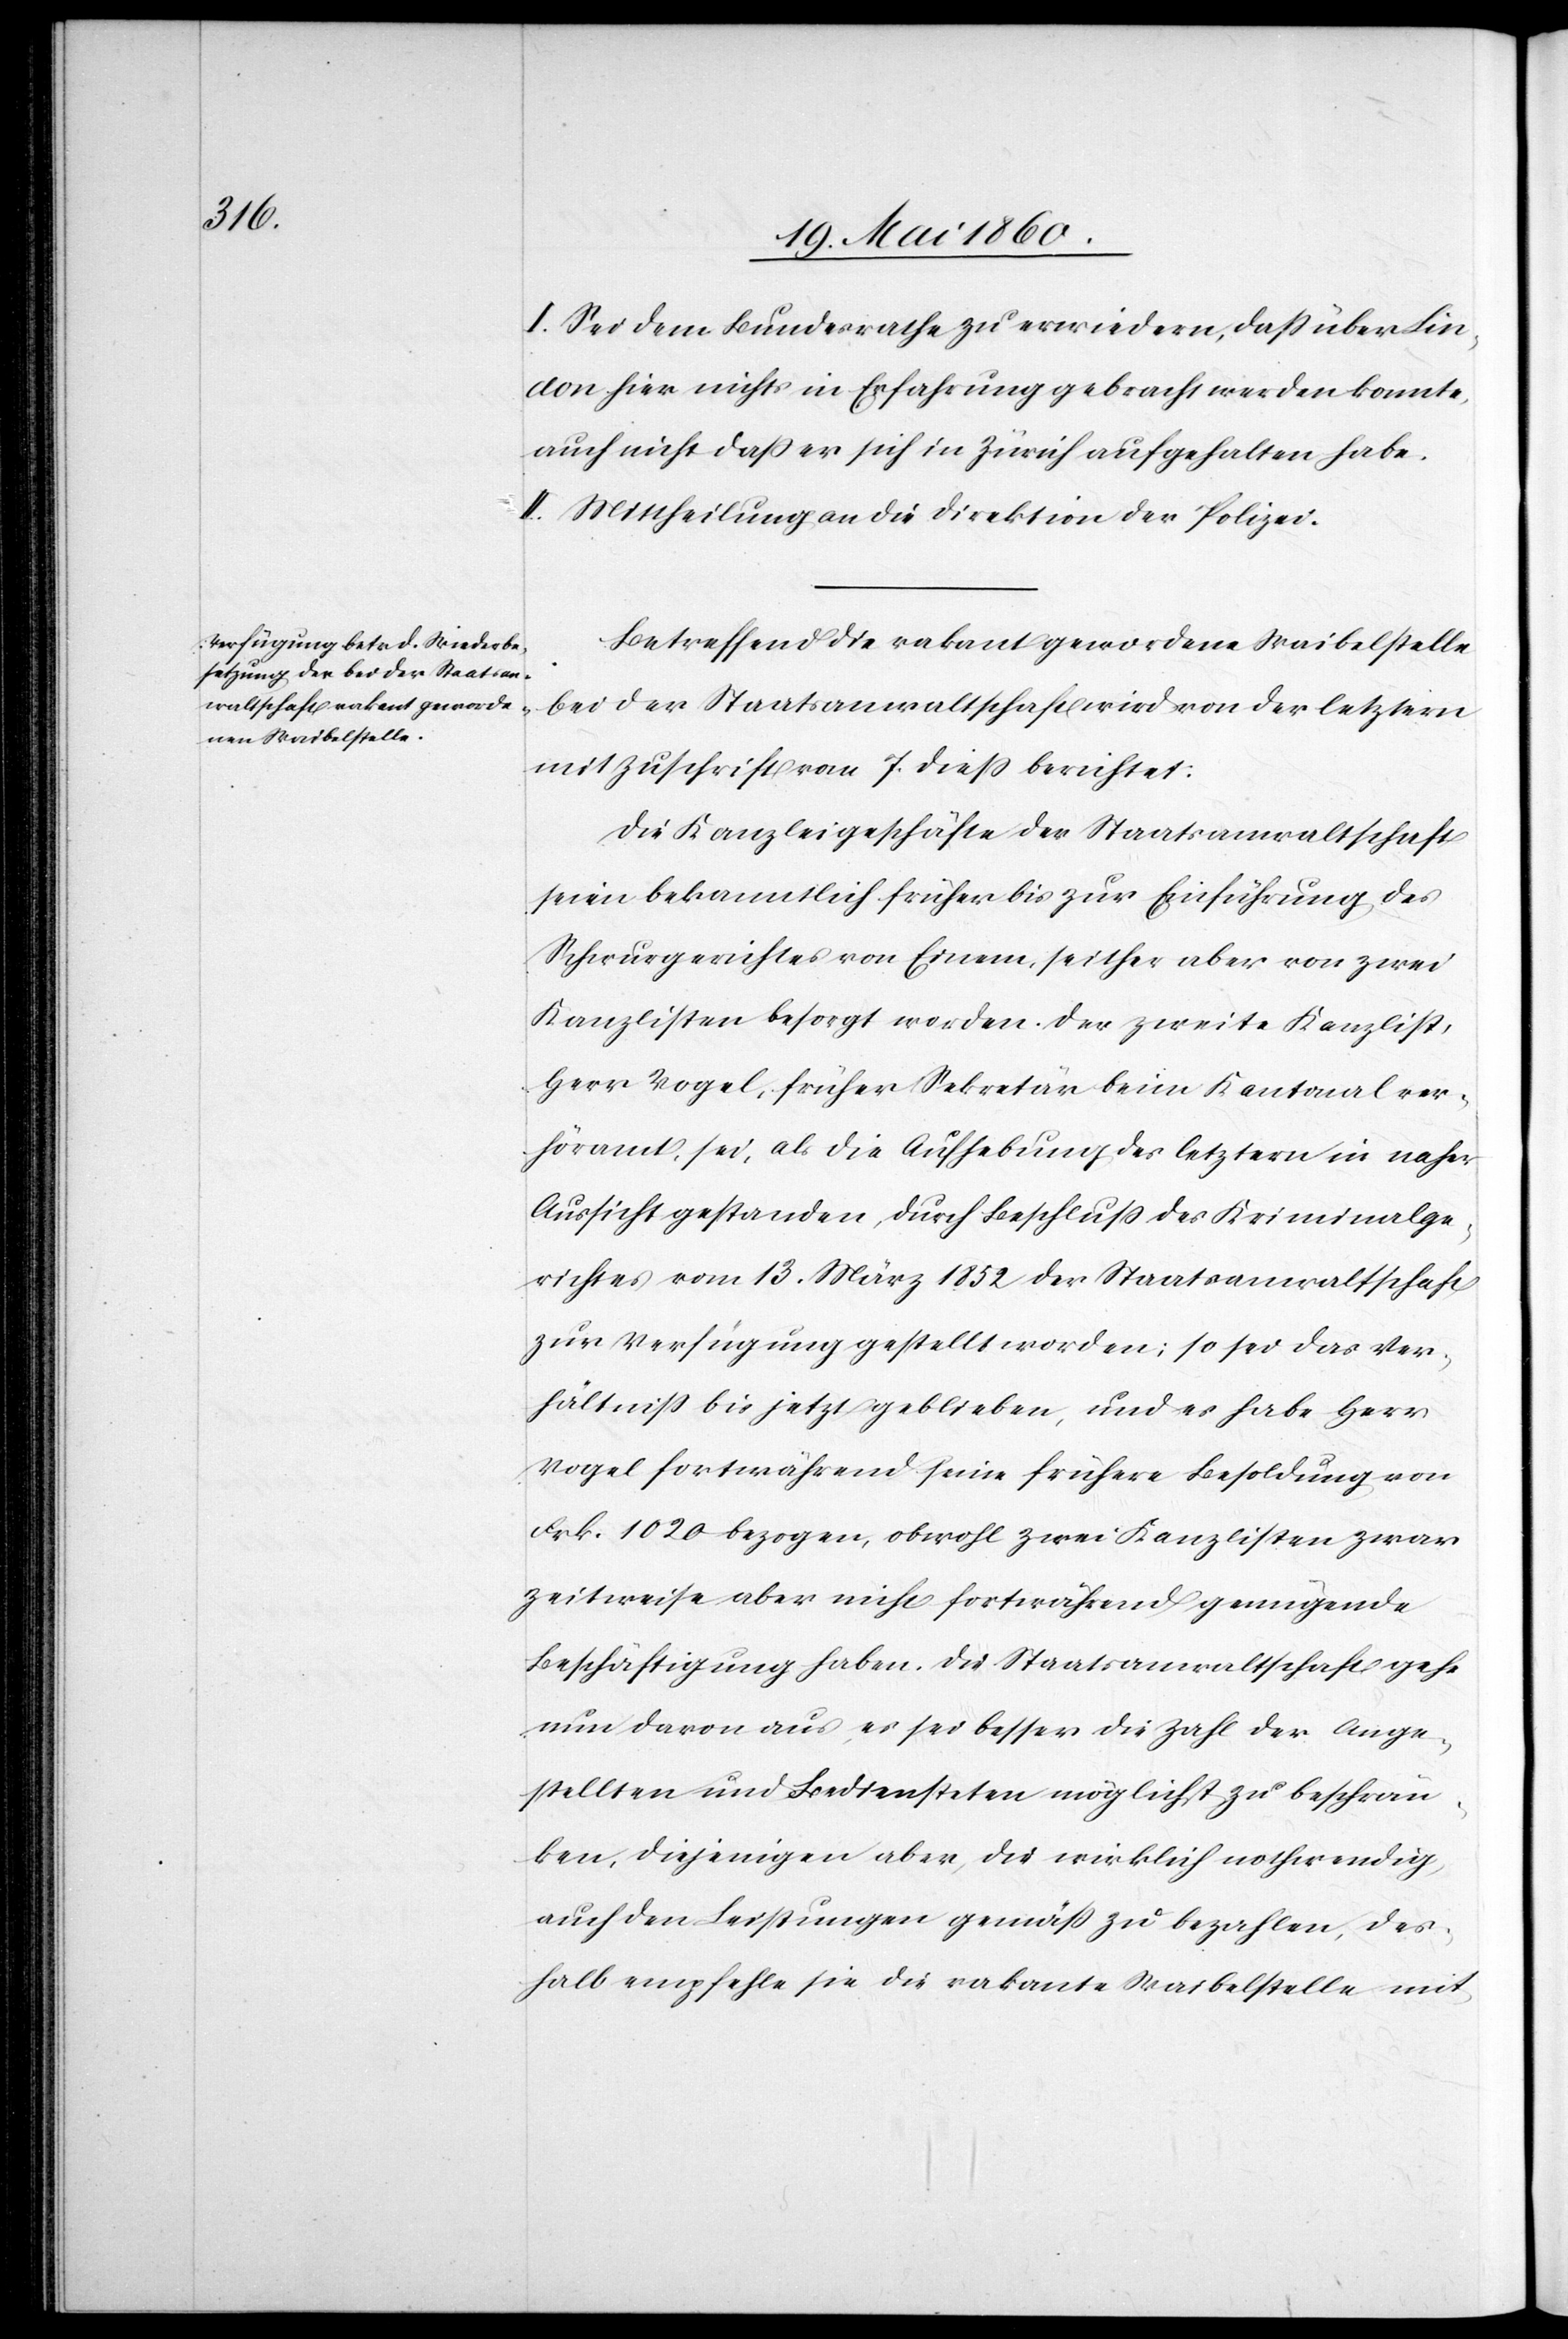
I. Sei dem Bundesrathe zu erwiedern, dass über Lin¬
don hier nichts in Erfahrung gebracht werden konnte,
auch nicht dass er sich in Zürich aufgehalten habe.
II. Mittheilung an die Direktion der Polizei.
Betreffend die vakant gewordene Waibelstelle
bei der Staatsanwaltschaft wird von der letztern
mit Zuschrift vom 7. diess berichtet:
Die Kanzleigeschäfte der Staatsanwaltschaft
seien bekanntlich früher bis zur Einführung des
Schwurgerichtes von Einem, seither aber von zwei
Kanzlisten besorgt worden. Der zweite Kanzlist,
Herr Vogel, früher Sekretär beim Kantonalver¬
höramt, sei, als die Aufhebung des letztern in naher
Aussicht gestanden, durch Beschluss des Kriminalge¬
richtes vom 13. März 1852 der Staatsanwaltschaft
zur Verfügung gestellt worden; so sei das Ver¬
hältniss bis jetzt geblieben, und es habe Herr
Vogel fortwährend seine frühere Besoldung von
Frk. 1020 bezogen, obwohl zwei Kanzlisten zwar
zeitweise aber nicht fortwährend genügende
Beschäftigung haben. Die Staatsanwaltschaft gehe
nun davon aus, es sei besser die Zahl der Ange¬
stellten und Bediensteten möglichst zu beschrän¬
ken, diejenigen aber, die wirklich nothwendig,
auch den Leistungen gemäss zu bezahlen, des¬
halb empfehle sie die vakante Waibelsstelle mit